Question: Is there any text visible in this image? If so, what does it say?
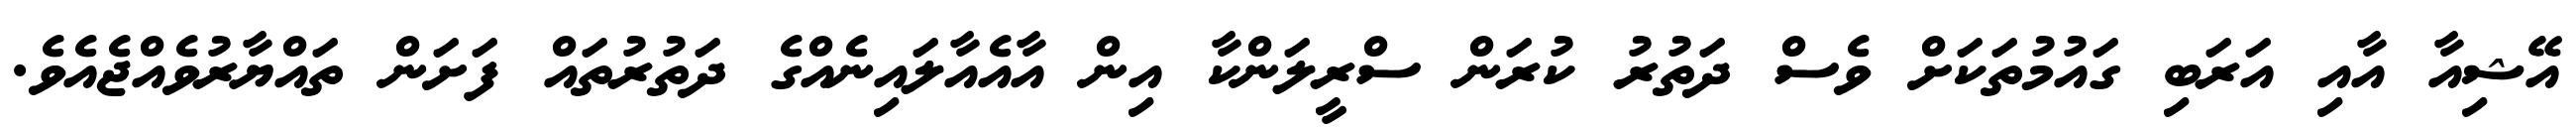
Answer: އޭޝިއާ އާއި އަރަބި ގައުމުތަކަށް ވެސް ދަތުރު ކުރަން ސްރީލަންކާ އިން އާއެއާލައިނެއްގެ ދަތުރުތައް ފަށަން ތައްޔާރުވެއްޖެއެވެ.